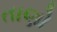
તાણો